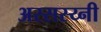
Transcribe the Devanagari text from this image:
अस्सस्य्नी